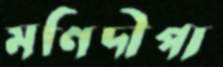
মণিদীপা